Leaving Certificate Examination, 1910
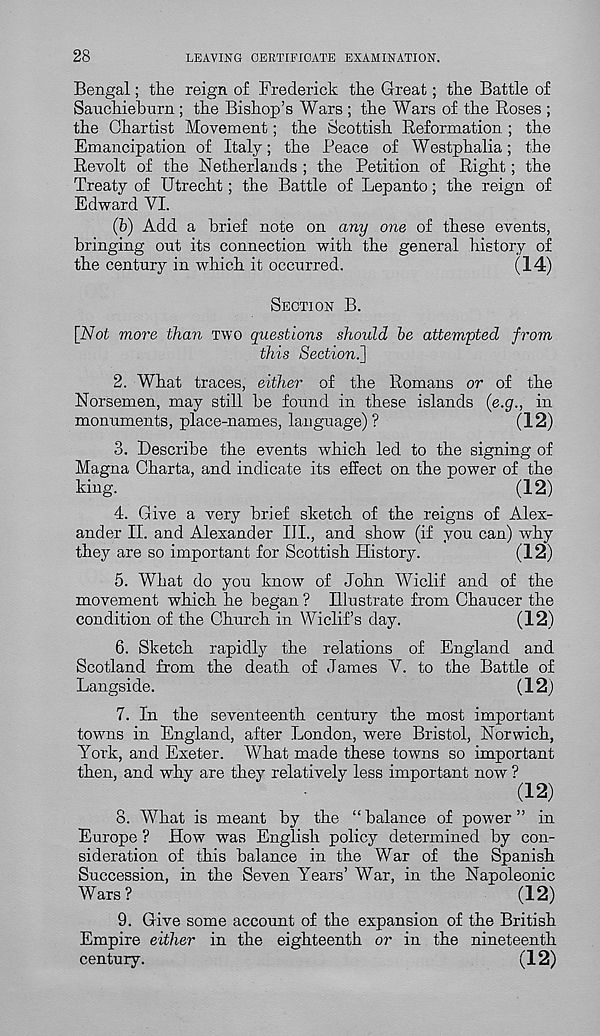
28
LEAVING CERTIFICATE EXAMINATION.
Bengal; the reign of Frederick the Great; the Battle of
Sauchieburn ; the Bishop’s Wars ; the Wars of the Roses ;
the Chartist Movement; the Scottish Reformation ; the
Emancipation of Italy; the Peace of Westphalia; the
Revolt of the Netherlands ; the Petition of Right; the
Treaty of Utrecht; the Battle of Lepanto: the reign of
Edward VI.
(b) Add a brief note on any one of these events,
bringing out its connection with the general history of
the century in which it occurred.
(14)
SECTION B.
{Not more than TWO questions should be attempted from
this Section^]
2. What traces, either of the Romans or of the
Norsemen, may still be found in these islands (e.g., in
monuments, place-names, language)?
(12)
3. Describe the events which led to the signing of
Magna Charta, and indicate its effect on the power of the
king.
(12)
4. Give a very brief sketch of the reigns of Alex-
ander II. and Alexander III., and show (if you can) why
they are so important for Scottish History.
(12)
5. What do you know of John Wiclif and of the
movement which he began ? Illustrate from Chaucer the
condition of the Church in Wiclif’s day.
(12)
6. Sketch rapidly the relations of England and
Scotland from the death of James V. to the Battle of
Langside.
(12)
7. In the seventeenth century the most important
towns in England, after London, were Bristol, Norwich,
York, and Exeter. What made these towns so important
then, and why are they relatively less important now ?
(12)
8. What is meant by the “ balance of power ” in
Europe ? How was English policy determined by con-
sideration of this balance in the War of the Spanish
Succession, in the Seven Years’ War, in the Napoleonic
Wars?
(12)
9. Give some account of the expansion of the British
Empire either in the eighteenth or in the nineteenth
century.
(12)